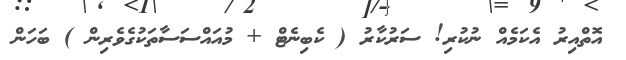
އޮތްއިރު އެކަމެއް ނުކުރި! ސަރުކާރު ( ކެބިނެޓް + މުއައްސަސާތަކުގެވެރިން ) ބަހަން